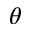
\boldsymbol { \theta }